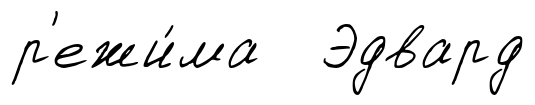
р'ежи́ма Эдвард